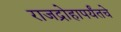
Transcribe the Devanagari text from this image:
राजद्रोहापर्यंतचे